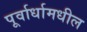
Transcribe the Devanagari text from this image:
पूर्वार्धामधील